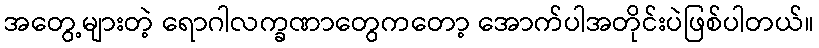
အတွေ့များတဲ့ ရောဂါလက္ခဏာတွေကတော့ အောက်ပါအတိုင်းပဲဖြစ်ပါတယ်။